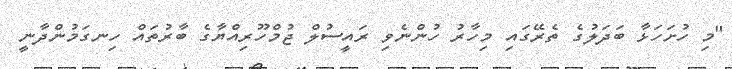
"މި ހުށަހަޅާ ބަދަލުގެ ތެރޭގައި މިހާރު ހުންނެވި ރައީސުލް ޖުމްހޫރިއްޔާގެ ބާރުތައް ހިނގަމުންދާނީ